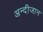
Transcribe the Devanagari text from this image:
अन्दीजान